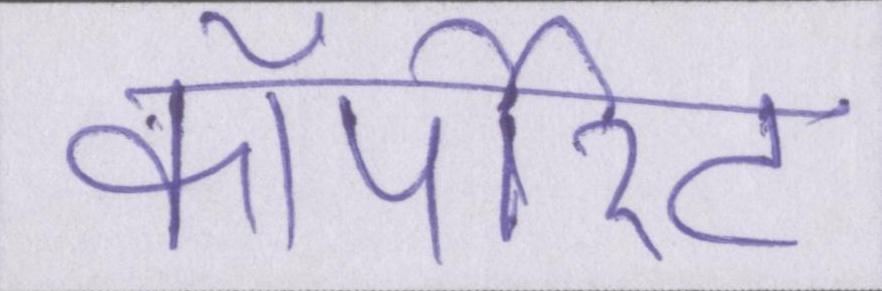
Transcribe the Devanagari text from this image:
कॉर्पोरेट